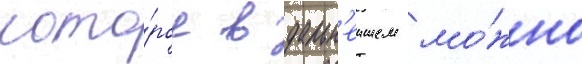
кото́рое в дальн'еишем мо́жно